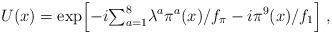
LaTeX: \begin{align*}U(x) = \exp\Bigl[ -i {\textstyle\sum_{a=1}^8} \lambda^a \pi^a(x)/f_\pi -i \pi^9(x)/f_1 \Bigr] \;,\end{align*}